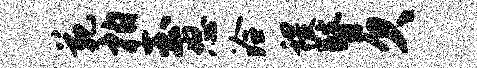
苑柏玉怒洽稷瞽欠